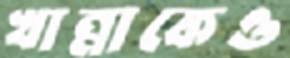
খান্নাকেও